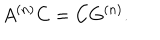
LaTeX: A ^ { ( n ) } C = C G ^ { ( n ) } .